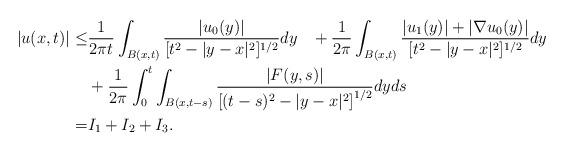
LaTeX: \begin{align*} |u(x,t)| \leq & \frac{1}{2 \pi t} \int_{B(x,t)} \frac{|u_0(y)|}{[t^2 -|y-x|^2]^{1/2}} dy\;\;\; + \frac{1}{2\pi} \int_{B(x,t)} \frac{|u_1(y)| + |\nabla u_0 (y)|}{[t^2 -|y-x|^2]^{1/2}} dy\\ & + \frac{1}{2 \pi} \int_0^t \int_{B(x,t-s)} \frac{|F(y,s)|}{\left[(t-s)^2 -|y-x|^2\right]^{1/2}} dy ds\\ = & I_1+ I_2 + I_3.\end{align*}